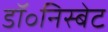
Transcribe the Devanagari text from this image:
डॉ॰निस्बेट